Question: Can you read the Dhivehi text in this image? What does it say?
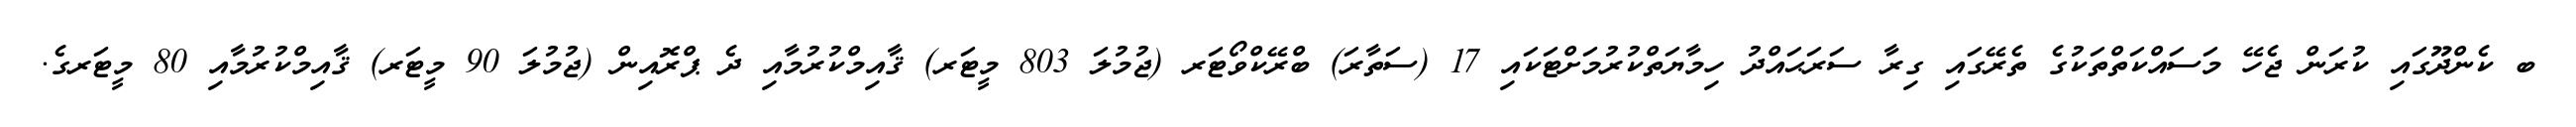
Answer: ބ ކެންދޫގައި ކުރަން ޖެހޭ މަސައްކަތްތަކުގެ ތެރޭގައި ގިރާ ސަރަޙައްދު ހިމާޔަތްކުރުމަށްޓަކައި 17 (ސަތާރަ) ބްރޭކްވޯޓަރ (ޖުމުލަ 803 މީޓަރ) ޤާއިމްކުރުމާއި ދެ ޕްރޮއިން (ޖުމުލަ 90 މީޓަރ) ޤާއިމްކުރުމާއި 80 މީޓަރގެ.